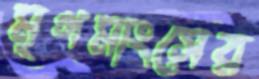
মৃগমাংসের